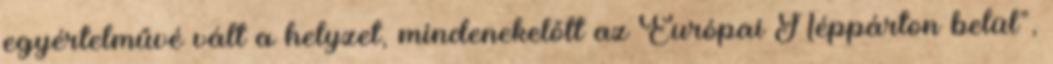
egyértelművé vált a helyzet, mindenekelőtt az Európai Néppárton belül”,